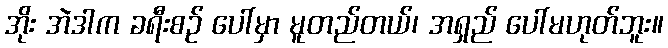
အိုး အဲဒါက ခရီးစဉ် ပေါ်မှာ မူတည်တယ်၊ အရှည် ပေါ်မဟုတ်ဘူး။